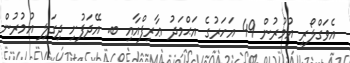
އެވަގްލޯރީ އުމުރުން 49 އަހަރުގެ އަޙްމަދު ޢާރިފްއާއި ބ. އޭދަފުށި ދިގަލި އުމުރުން